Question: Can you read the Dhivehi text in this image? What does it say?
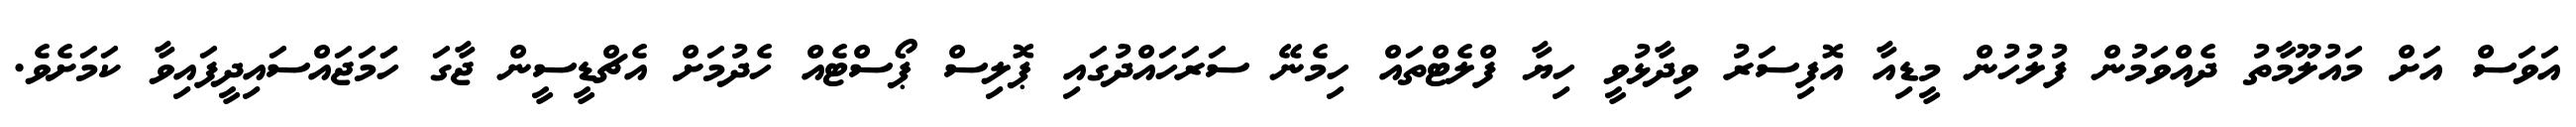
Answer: އަވަސް އަށް މައުލޫމާތު ދެއްވަމުން ފުލުހުން މީޑިއާ އޮފިސަރު ވިދާޅުވީ ހިޔާ ފްލެޓްތައް ހިމެނޭ ސަރަހައްދުގައި ޕޮލިސް ޕޯސްޓެއް ހެދުމަށް އެޗްޑީސީން ޖާގަ ހަަމަޖައްސައިދީފައިވާ ކަމަށެވެ.